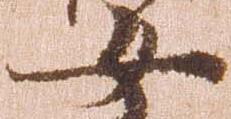
女